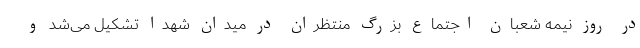
در روز نیمه شعبان اجتماع بزرگ منتظران در میدان شهدا تشکیل می‌شد و